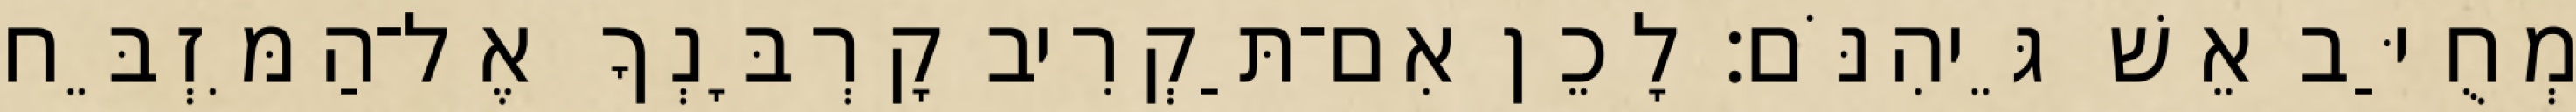
מְחֻיַּב אֵשׁ גֵּיהִנֹּם׃ לָכֵן אִם־תַּקְרִיב קָרְבָּנְךָ אֶל־הַמִּזְבֵּח